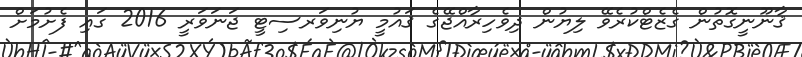
ޤާނޫނީގޮތުން ގެޒެޓްކުރެވޭ ލިޔުން ދިވެހިރާއްޖޭގެ ޤައުމީ ޔުނިވަރސިޓީ ޖަނަވަރީ 2016 ގައި ފެށުމަށް